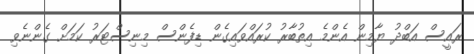
ރައީސް އަބްދު ޔާމިން އެންމެ އިތުބާރު ކުރައްވައިގެން ޑިފެންސް މިނިސްޓަރު ކަމަށް ގެންނެވި